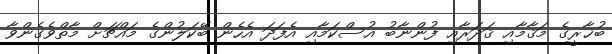
ބުޚާރީގެ މަޤާމާއި ޤަދަރާއި ފުންނާބު އުސްކަމާއި އެފަދަ އެހެން ބޭކަލުންގެ މައްޗަށް މާތްވެގެންވާ